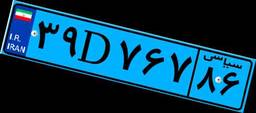
۳۹D۷۶۷۸۶